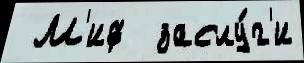
 М'иф  заслу́г'и